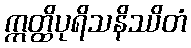
ဣတ္ထိပုရိသနိဿိတံ